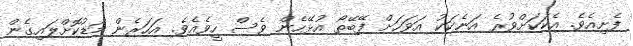
ފެށިއެވެ. އެކަކަށްވުރެ އަނެކަކު އަވަހަށް ފޭބޭތޯ އުޅޭހެން ވެސް ހީވެއެވެ. އަހަރެން މަޑުކޮށްލައިގެން